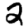
Digit: 2